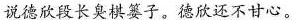
说德欣段长臭棋篓子。德欣还不甘心。